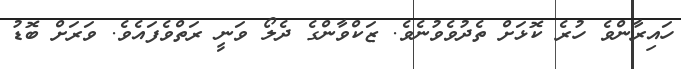
ހައިރާންވެ ހުރެ ކޮޅަށް ތެދުވެވުނެވެ. ޒަކްވާންގެ ދެލޯ ވަނީ ރަތްވެފައެވެ. ވަރަށް ބޮޑު